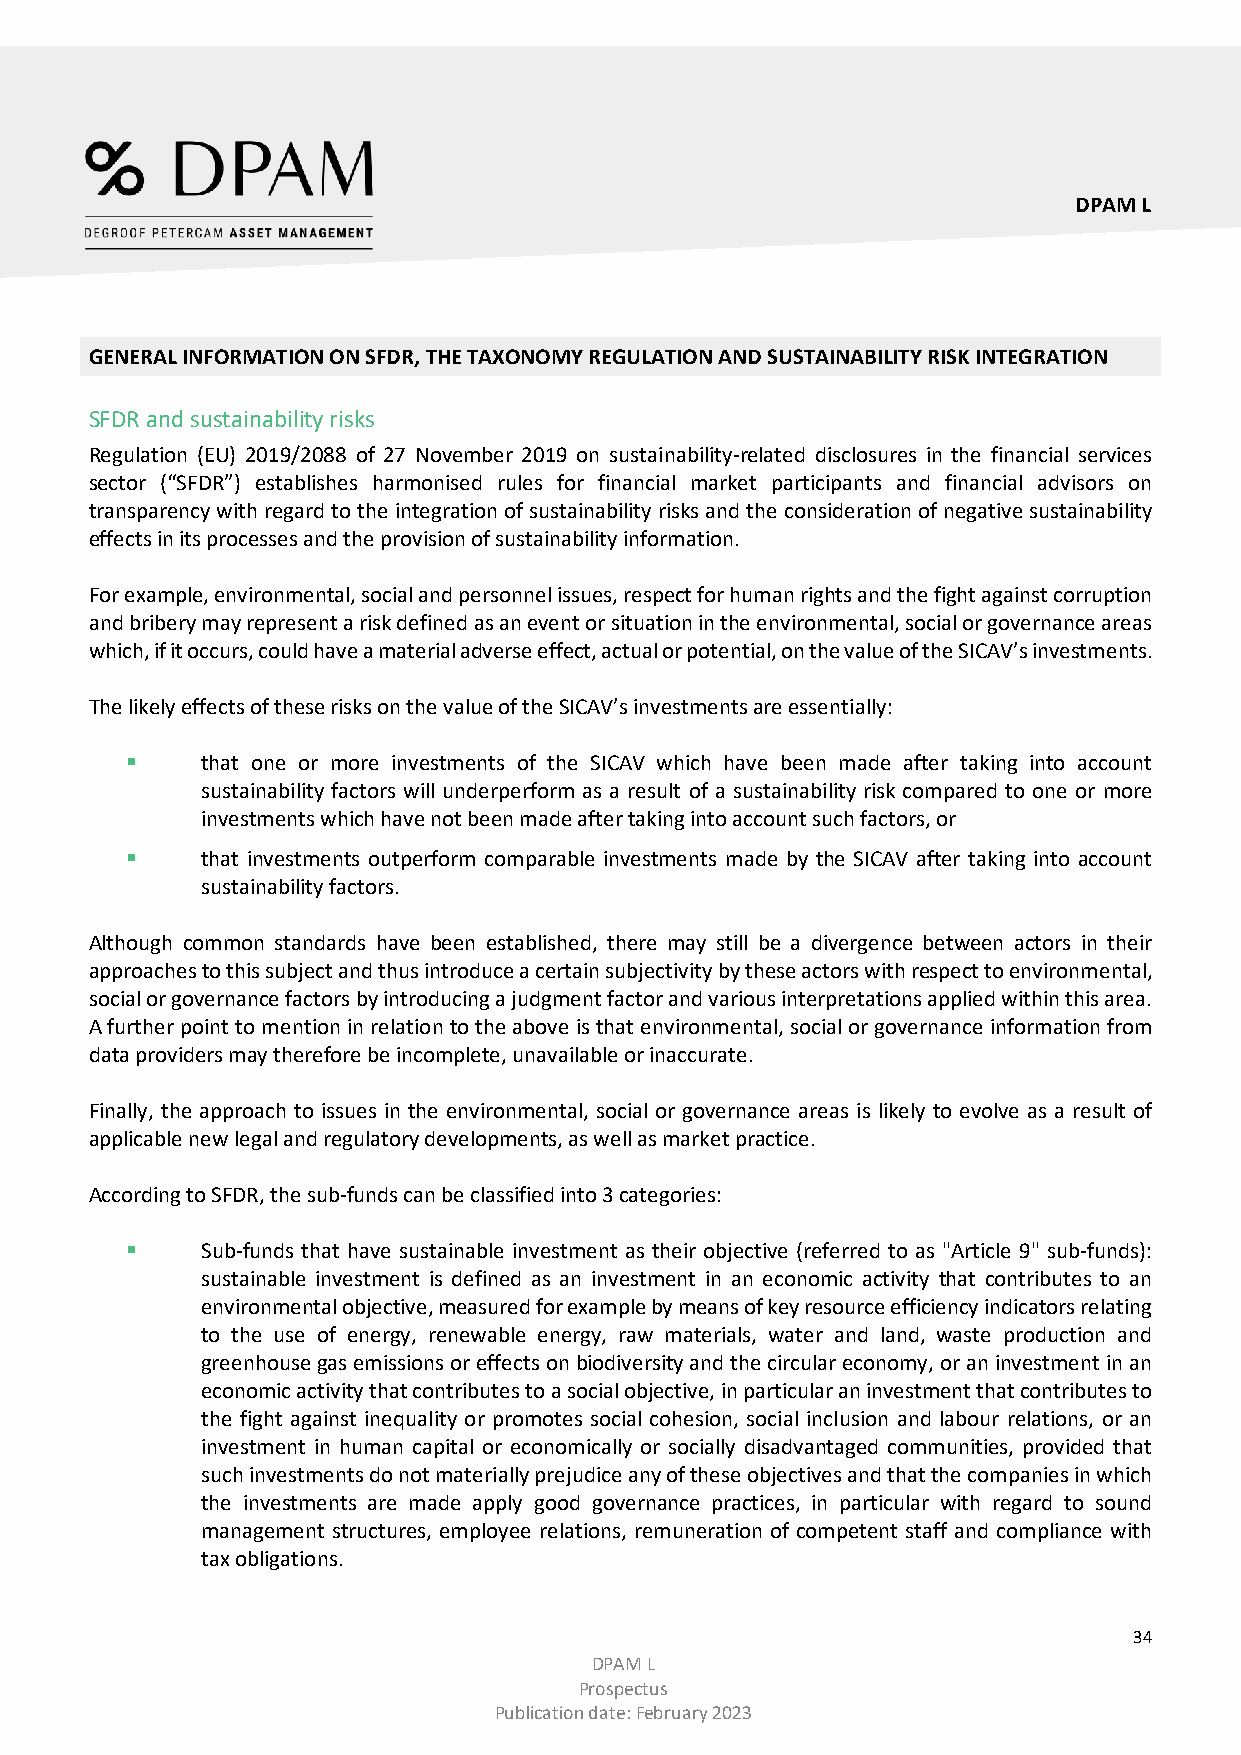
DPAM L
 GENERAL INFORMATION ON SFDR, THE TAXONOMY REGULATION AND SUSTAINABILITY RISK INTEGRATION
 SFDR and sustainability risks
 Regulation (EU) 2019/2088 of 27 November 2019 on sustainability-related disclosures in the financial services
 sector (“SFDR”) establishes harmonised rules for financial market participants and financial advisors on
 transparency with regard to the integration of sustainability risks and the consideration of negative sustainability
 effects in its processes and the provision of sustainability information.
 For example, environmental, social and personnel issues, respect for human rights and the fight against corruption
 and bribery may represent a risk defined as an event or situation in the environmental, social or governance areas
 which, if it occurs, could have a material adverse effect, actual or potential, on the value of the SICAV’s investments.
 The likely effects of these risks on the value of the SICAV’s investments are essentially:
     that one or more investments of the SICAV which have been made after taking into account
 sustainability factors will underperform as a result of a sustainability risk compared to one or more
 investments which have not been made after taking into account such factors, or
     that investments outperform comparable investments made by the SICAV after taking into account
 sustainability factors.
 Although common standards have been established, there may still be a divergence between actors in their
 approaches to this subject and thus introduce a certain subjectivity by these actors with respect to environmental,
 social or governance factors by introducing a judgment factor and various interpretations applied within this area.
 A further point to mention in relation to the above is that environmental, social or governance information from
 data providers may therefore be incomplete, unavailable or inaccurate.
 Finally, the approach to issues in the environmental, social or governance areas is likely to evolve as a result of
 applicable new legal and regulatory developments, as well as market practice.
 According to SFDR, the sub-funds can be classified into 3 categories:
     Sub-funds that have sustainable investment as their objective (referred to as "Article 9" sub-funds):
 sustainable investment is defined as an investment in an economic activity that contributes to an
 environmental objective, measured for example by means of key resource efficiency indicators relating
 to the use of energy, renewable energy, raw materials, water and land, waste production and
 greenhouse gas emissions or effects on biodiversity and the circular economy, or an investment in an
 economic activity that contributes to a social objective, in particular an investment that contributes to
 the fight against inequality or promotes social cohesion, social inclusion and labour relations, or an
 investment in human capital or economically or socially disadvantaged communities, provided that
 such investments do not materially prejudice any of these objectives and that the companies in which
 the investments are made apply good governance practices, in particular with regard to sound
 management structures, employee relations, remuneration of competent staff and compliance with
 tax obligations.
 34
 DPAM L
 Prospectus
 Publication date: February 2023